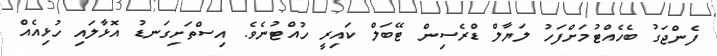
ފެންޖަގު ބެހެއްޓުމަށްފަހު ލަޔާލް ޑްރެސިން ޓޭބަލް ކައިރީ ހުއްޓުނެވެ. އިސްތަށިގަނޑު އޮޅާލައި ހުޅިއެއް